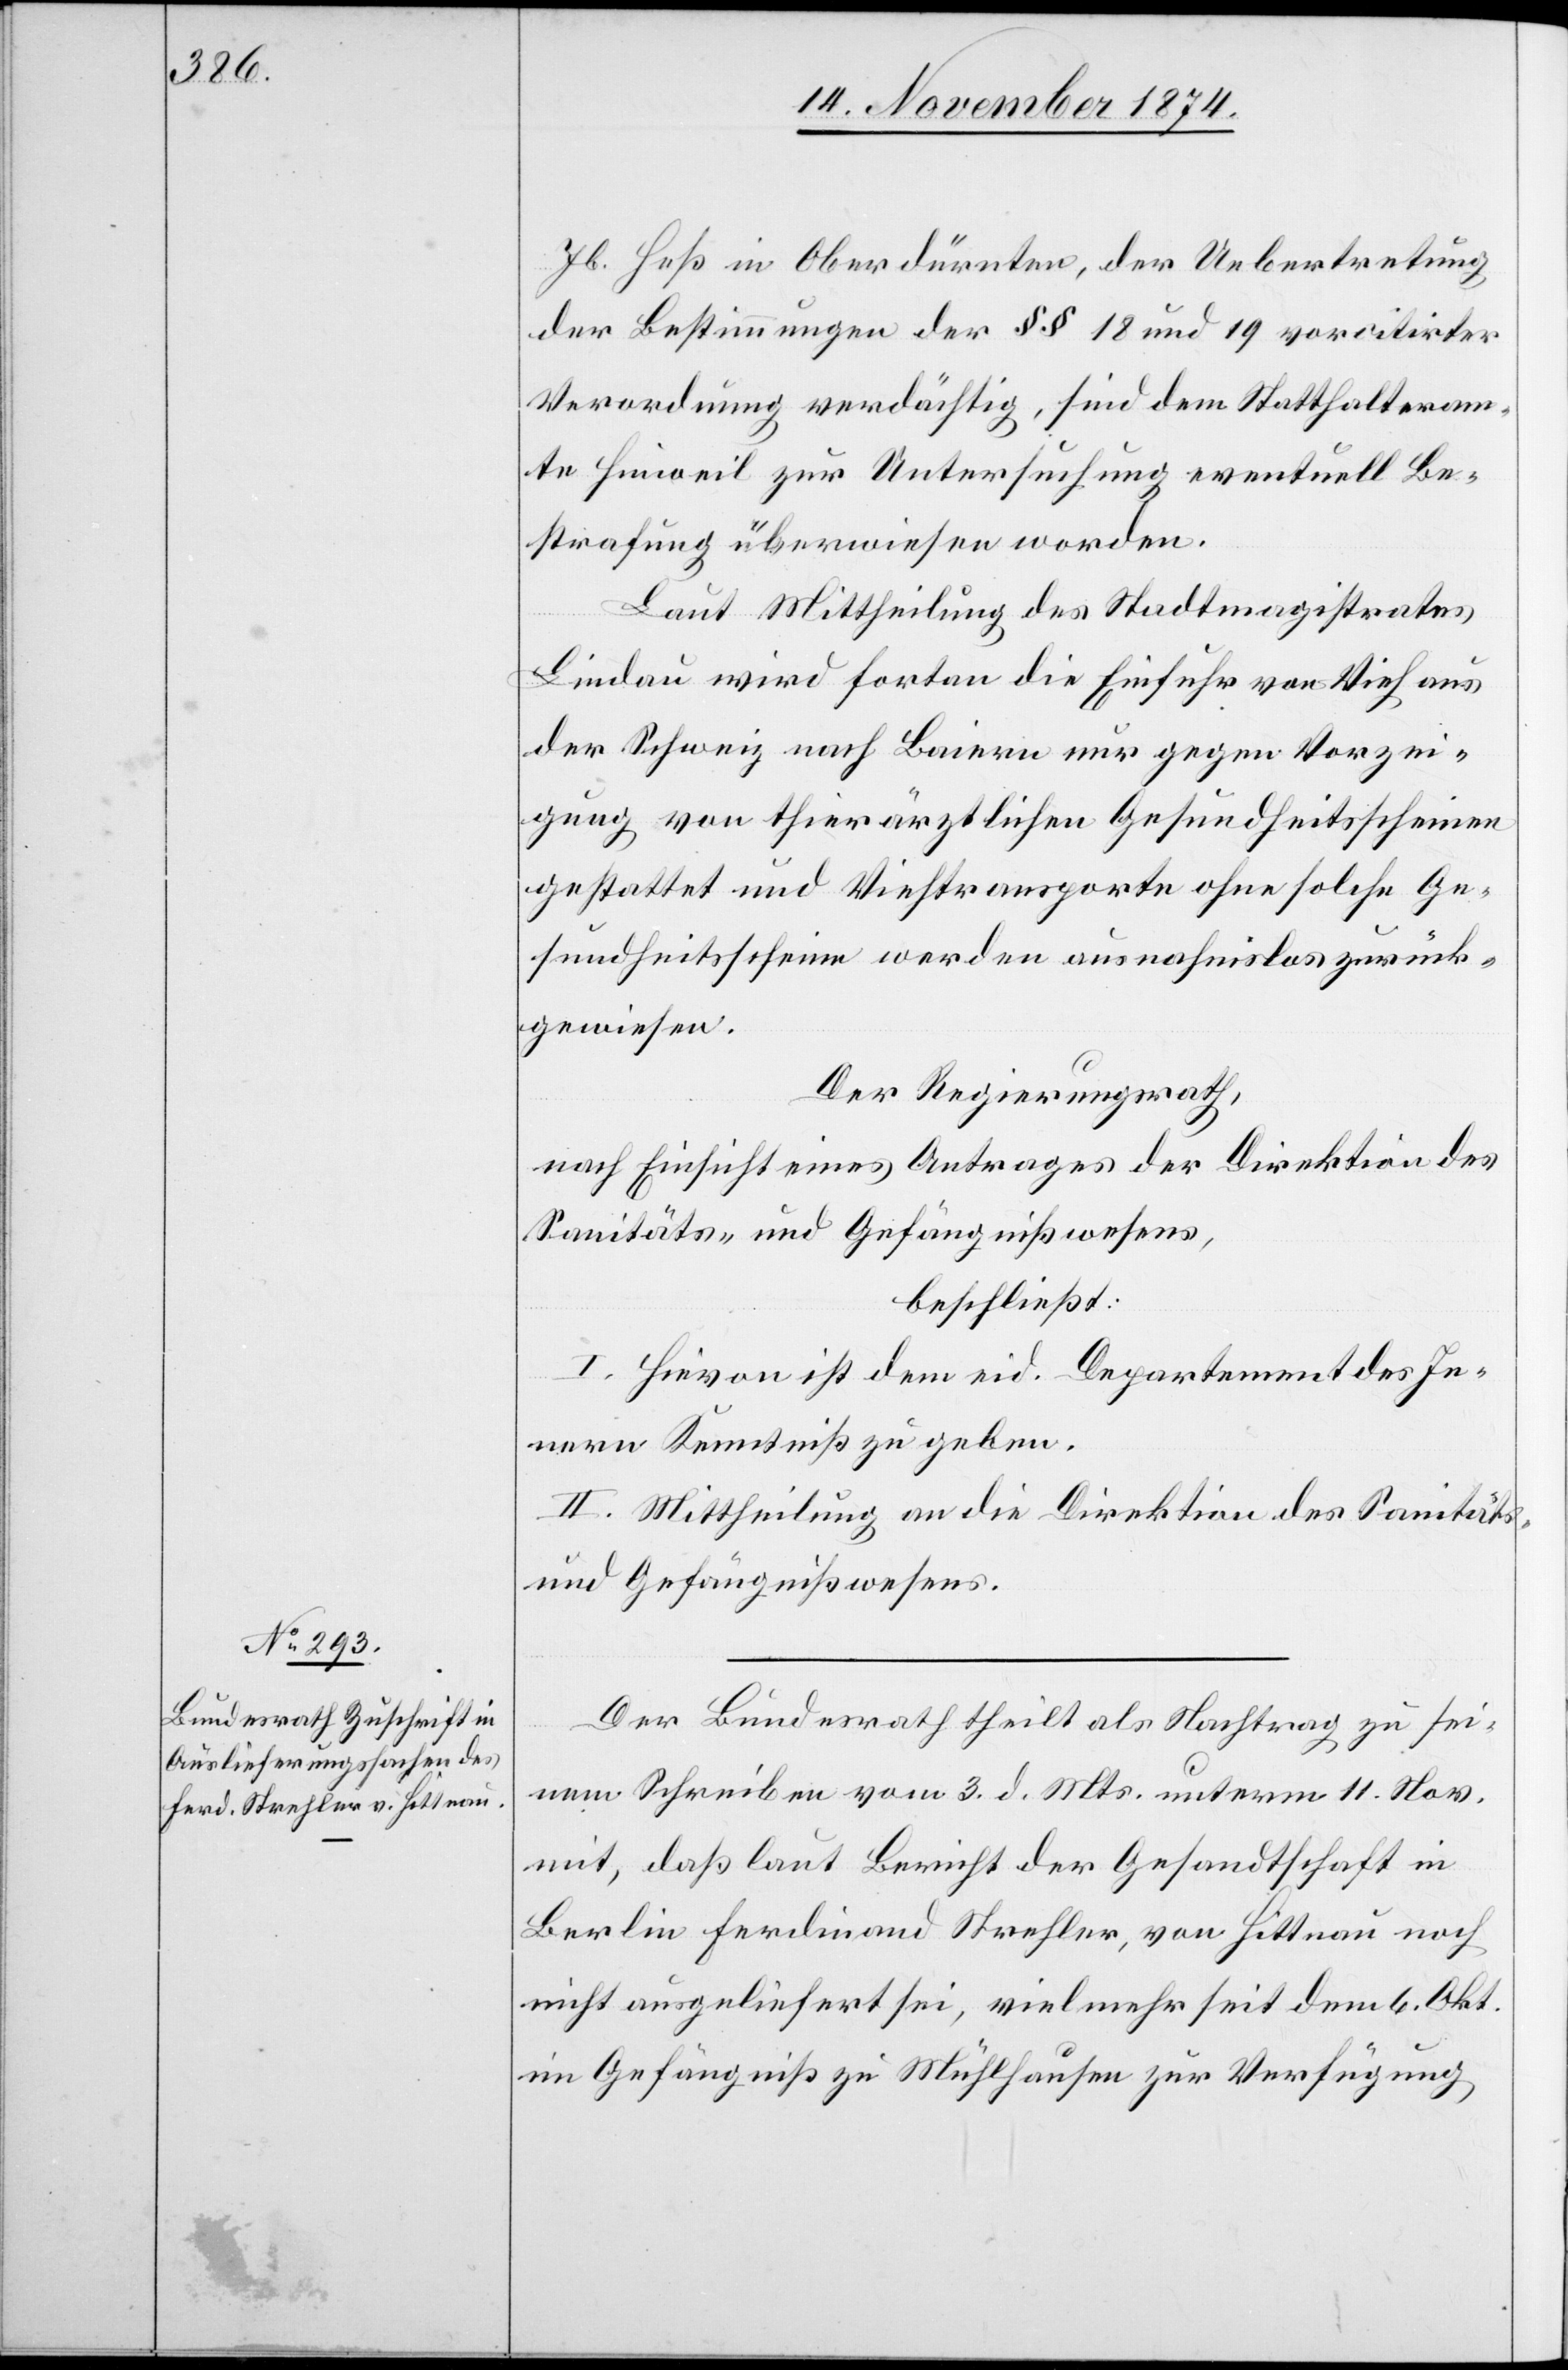
16. November 1874.]
Jb. Heß in Oberdürnten, der Uebertretung
der Bestimmungen der §§ 18 und 19 vor citirter
Verordnung verdächtig, sind dem Statthalteram¬
te Hinweil zur Untersuchung eventuell Be¬
strafung überwiesen worden.
Laut Mittheilung des Stadtmagistrates
Lindau wird fortan die Einfuhr von Vieh aus
der Schweiz nach Baiern nur gegen Vorzei¬
gung von thierärztlichen Gesundheitsscheinen
gestattet und Viehtransporte ohne solche Ge¬
sundheitsscheine werden ausnahmslos zurück¬
gewiesen.
Der Regierungsrath,
nach Einsicht eines Antrages der Direktion des
Sanitäts- und Gefängnißwesens,
beschließt:
I. Hievon ist dem eid. Departement des In¬
nern Kenntniß zu geben.
II. Mittheilung an die Direktion des Sanitäts-
und Gefängnißwesens.
Der Bundesrath theilt als Nachtrag zu sei¬
nem Schreiben vom 3. d. Mts. unterm 11. Nov.
mit, daß laut Bericht der Gesandtschaft in
Berlin Ferdinand Strehler, von Hittnau noch
nicht ausgeliefert sei, vielmehr seit dem 6. Okt.
im Gefängniß zu Mühlhausen zur Verfügung